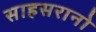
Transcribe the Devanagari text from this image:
साहसरानो